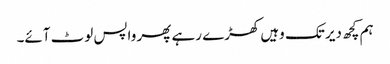
ہم کچھ دیر تک وہیں کھڑے رہے پھر واپس لوٹ آئے۔